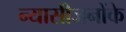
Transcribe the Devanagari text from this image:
न्यासीजनोंके